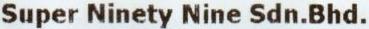
SUPER NINETY NINE SDN.BHD.